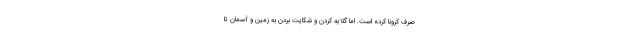
صرف کرونا کرده است. اما گلایه کردن و شکایت بردن به زمین و آسمان تا